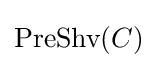
{\text{PreShv}}(C)